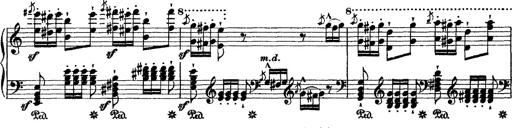
Title: Grande fantasie di bravura sur La clochette
Composer: Franz Liszt
Key: A minor